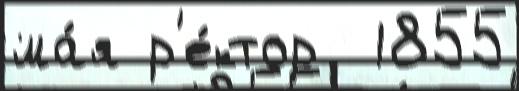
ма́я р'е́ктор  1855